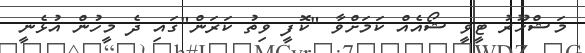
މަޝްހޫރު ޓީވީ ޝޯއެއް ކަމަށްވާ "ކޮފީ ވިތު ކަރަން"ގައި ދެ މީހުން އުޅެނީ